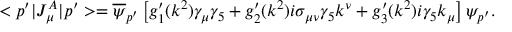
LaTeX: < p ^ { \prime } | J _ { \mu } ^ { A } | p ^ { \prime } > = \overline { { \psi } } _ { p ^ { \prime } } \left[ g _ { 1 } ^ { \prime } ( k ^ { 2 } ) \gamma _ { \mu } \gamma _ { 5 } + g _ { 2 } ^ { \prime } ( k ^ { 2 } ) i \sigma _ { \mu \nu } \gamma _ { 5 } k ^ { \nu } + g _ { 3 } ^ { \prime } ( k ^ { 2 } ) i \gamma _ { 5 } k _ { \mu } \right] \psi _ { p ^ { \prime } } .